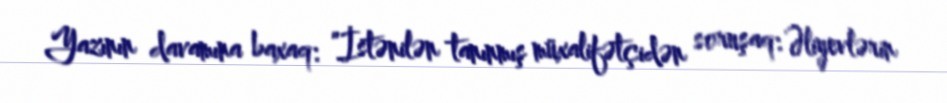
Yazının davamına baxaq: ”İstənilən tanınmış müxalifətçidən soruşaq: Əliyevlərin